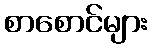
စာစောင်များ